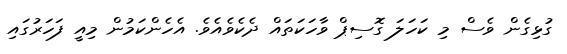
ގުޅިގެން ވެސް މި ކަހަލަ ގޮސިޕް ވާހަކަތައް ދެކެވެއެވެ. އެހެންކަމުން މިއީ ފަހަރުގައި